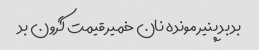
بد بد پنیر مونده نان خمیر قیمت گرون بد